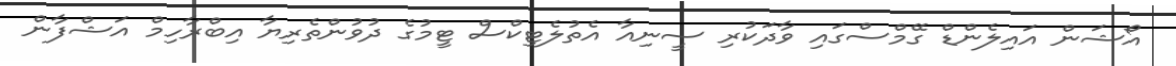
އޯޝަން އައިލެންޑް ގޭމްސްގައި ވާދަކުރި ސީނިއާ އެތުލެޓިކްސް ޓީމުގެ ދުވުންތެރިޔާ އިބްރާހިމް އަޝްފާން